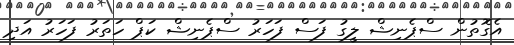
އެގޮތުން ސްޕެނިޝް ލީގު ފަސް ފަހަރު ސްޕެނިޝް ކަޕް ހަތަރު ފަހަރު އަދި